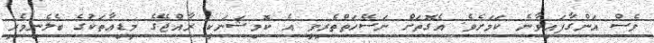
ވެސް އަންގާފައިވާނެ ކަމަށެވެ. އެގޮތަށް ނަސޭހަތްތެރިވީ އެ ކޮމިޝަނަކީ ރާއްޖޭގެ މީޑިއާތަކުގެ ބެލެނިވެރި